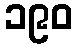
၁၉၀